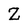
Character: Z